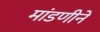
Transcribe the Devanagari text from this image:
मांडणीने